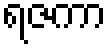
ရဇကာ